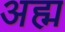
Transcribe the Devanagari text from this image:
अह्म